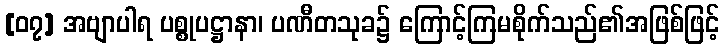
[၀၇] အဗျာပါရ ပစ္စုပဋ္ဌာနာ၊ ပဏီတသုခ၌ ကြောင့်ကြမစိုက်သည်၏အဖြစ်ဖြင့်